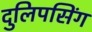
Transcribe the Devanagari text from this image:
दुलिपसिंग